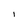
Character: I